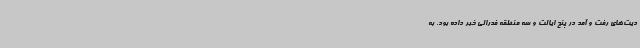
دیت‌های رفت و آمد در پنج ایالت و سه منطقه فدرالی خبر داده بود. به